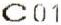
C01